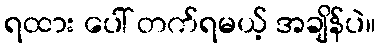
ရထား ပေါ် တက်ရမယ့် အချိန်ပဲ။